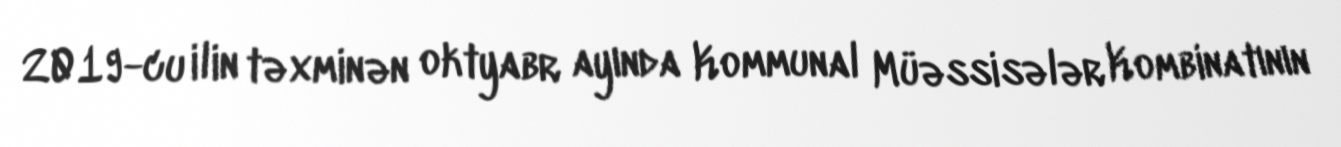
2019-cu ilin təxminən oktyabr ayında Kommunal Müəssisələr Kombinatının